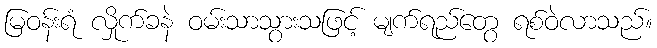
မြဝန်းရံ လှိုက်ခနဲ ဝမ်းသာသွားသဖြင့် မျက်ရည်တွေ ရစ်ဝဲလာသည်။